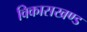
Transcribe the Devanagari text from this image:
विकासखण्‍ड